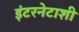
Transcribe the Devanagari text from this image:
इंटरनेटाशी